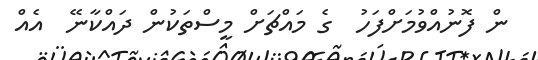
ން ފޮނުއްވުމަށްފަހު  ގެ މައްޗަށް މީސްތަކުން ދައްކާނޭ  އެއް